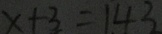
x + 3 = 1 4 3